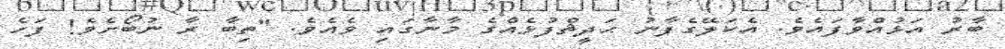
ބާރު އަޅުއްވާފައެވެ. އެކަލޭގެފާނު ޙަދީޘްފުޅެއްގެ މާނާގައި ވެއެވެ. "ތިބާ ރާ ނުބޯށެވެ! ފަހެ